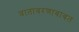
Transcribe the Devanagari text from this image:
वातावरणाबाबत